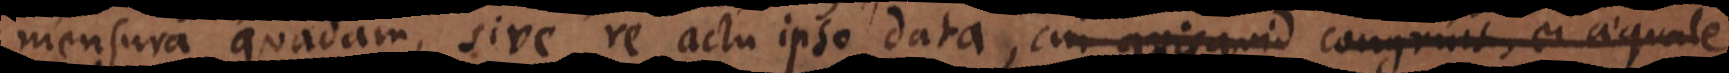
mensura quadam, sive re actu ipso data, cui quicquid congruit, ei aequa